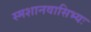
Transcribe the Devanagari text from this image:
स्मशानवासिभ्यः